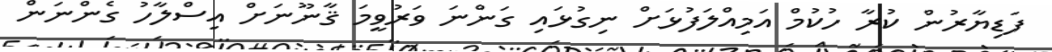
ފަޑިޔާރުން ކުރާ ހުކުމް އަމިއްލަފުޅަށް ނިގުޅައި ގަންނަ ވަރުވީމަ ޤާނޫނަށް އިސްލާހު ގެންނަން